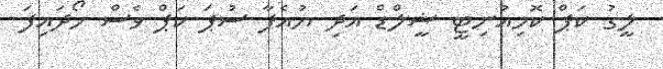
ލީގު ކަޕް ކޮމިއުނިޓީ ޝީލްޑް އަދި ޔުއެފާ ސުޕަ ކަޕް ވެސް ހޯދައިފަ